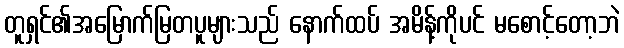
တူရှင်၏အမြောက်မြတပူများသည် နောက်ထပ် အမိန့်ကိုပင် မစောင့်တော့ဘဲ